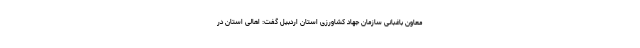
معاون باغبانی سازمان جهاد کشاورزی استان اردبیل گفت:‌ اهالی استان در